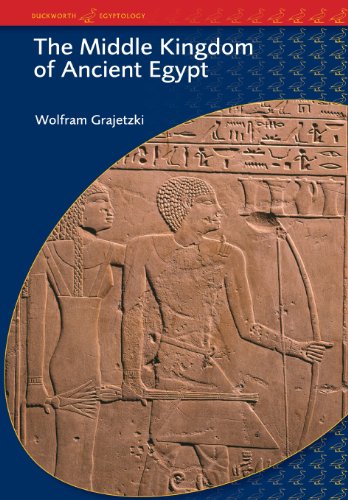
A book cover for The Middle Kingdom of Ancient Egypt: History, Archaeology and Society (Duckworth Egyptology Series); Wolfram Grajetzki; History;